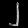
Digit: ၂